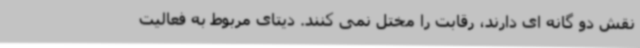
نقش دو گانه ای دارند، رقابت را مختل نمی کنند. دیتای مربوط به فعالیت